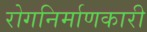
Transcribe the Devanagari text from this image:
रोगनिर्माणकारी